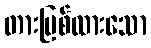
တားမြစ်ထားသော